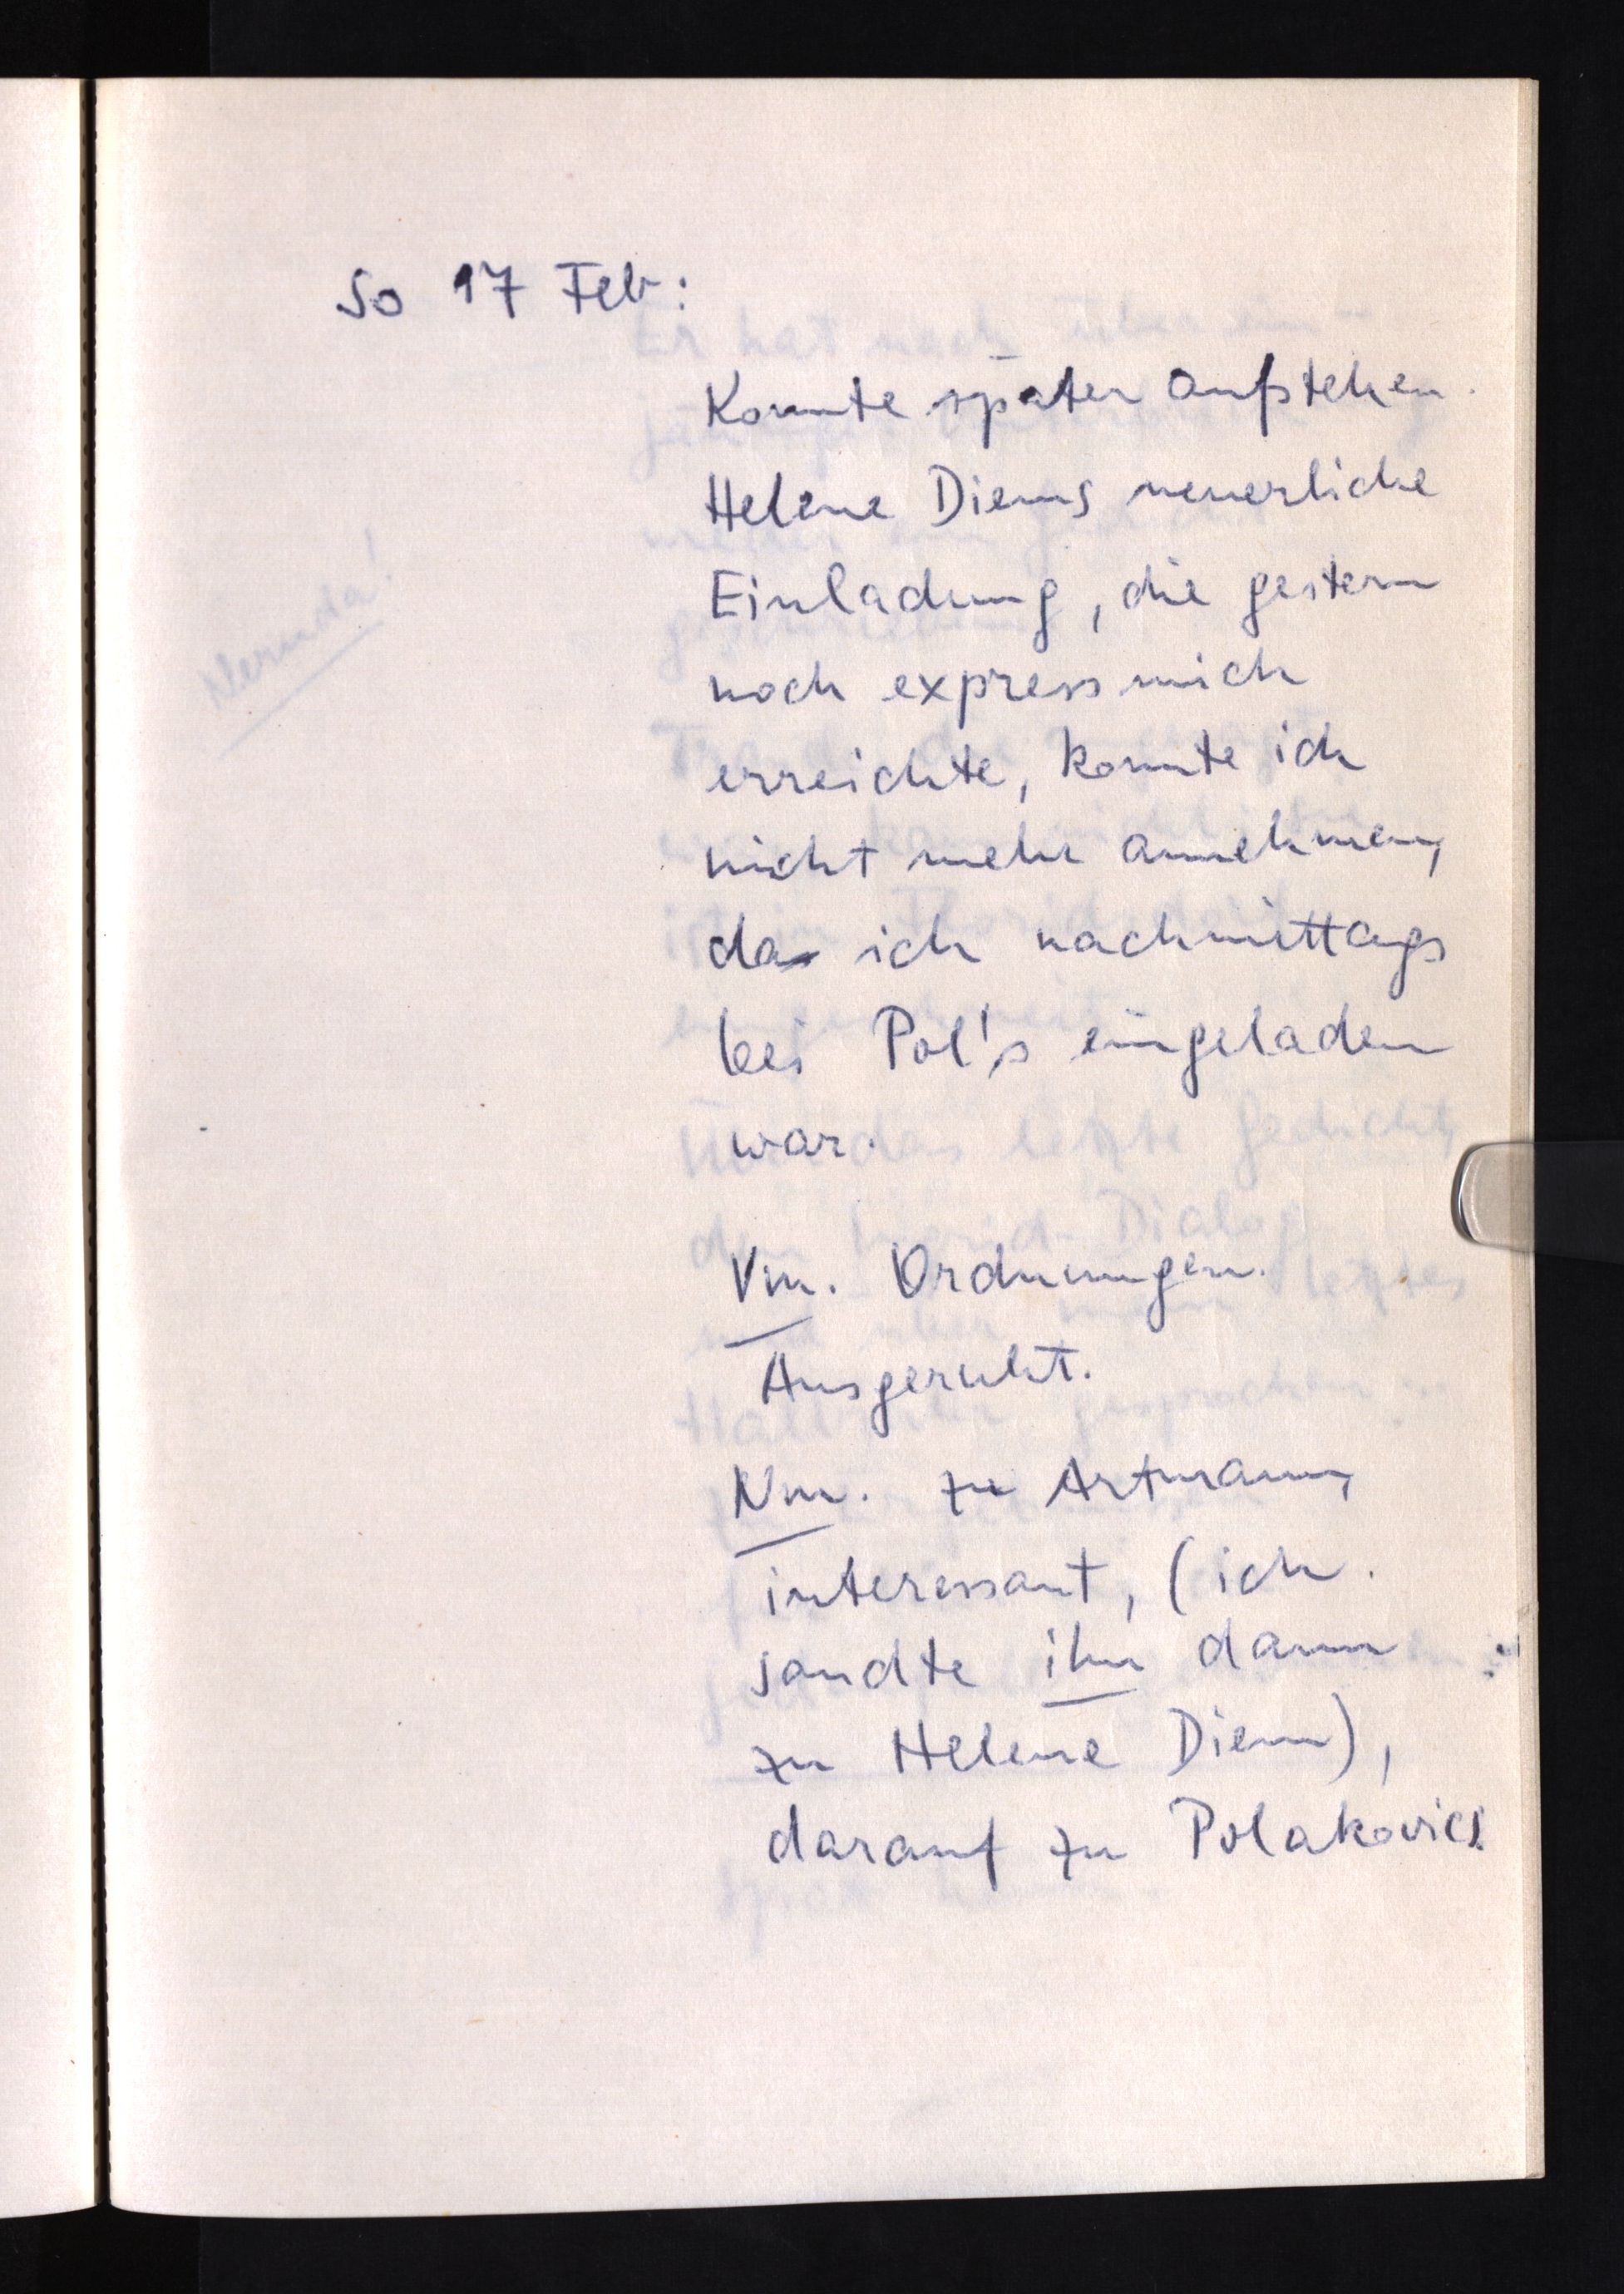
So 17 Feb:
Konnte später aufstehen.
Helene Diems neuerliche
Einladung, die gestern
noch express mich
erreichte, konnte ich
nicht mehr annehmen,
das ich nachmittags
bei  eingeladen
war.
Vm. Ordnungen.
Ausgeruht.
Nm. zu Artmann,
interessant, (ich
sandte ihn dann
zu Helene Diem),
darauf zu Polakovics.